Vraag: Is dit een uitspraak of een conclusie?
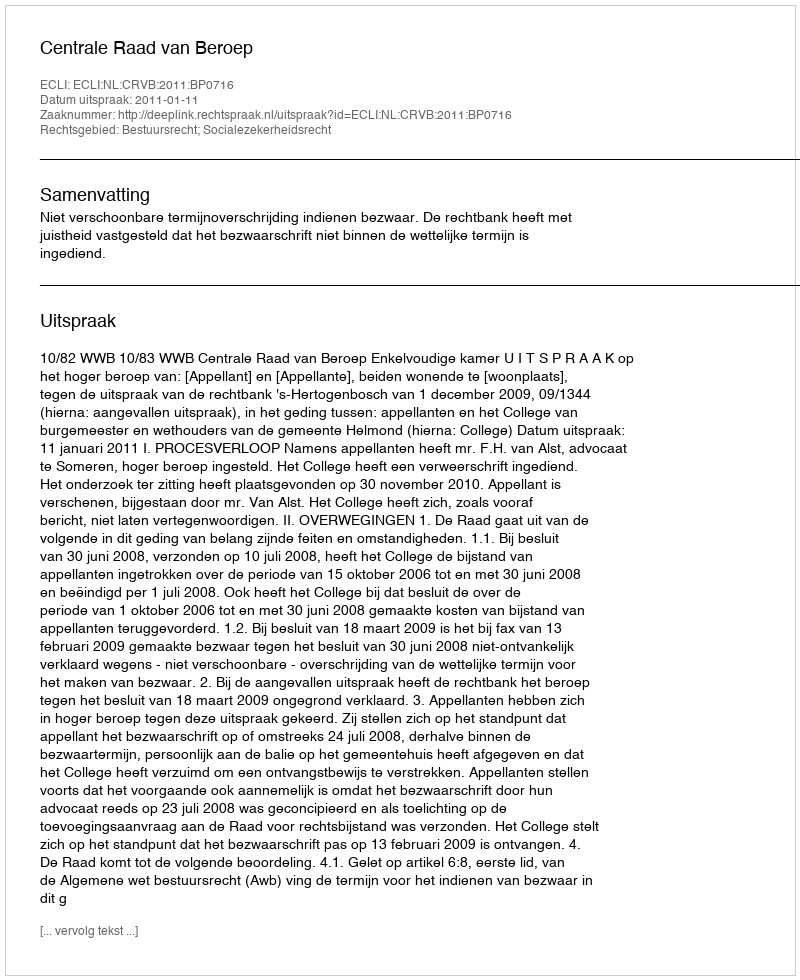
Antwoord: Uitspraak